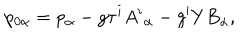
LaTeX: p _ { 0 \alpha } = p _ { \alpha } - g \tau ^ { i } A ^ { i } { } _ { \alpha } - g ^ { \prime } Y B _ { \alpha } ,